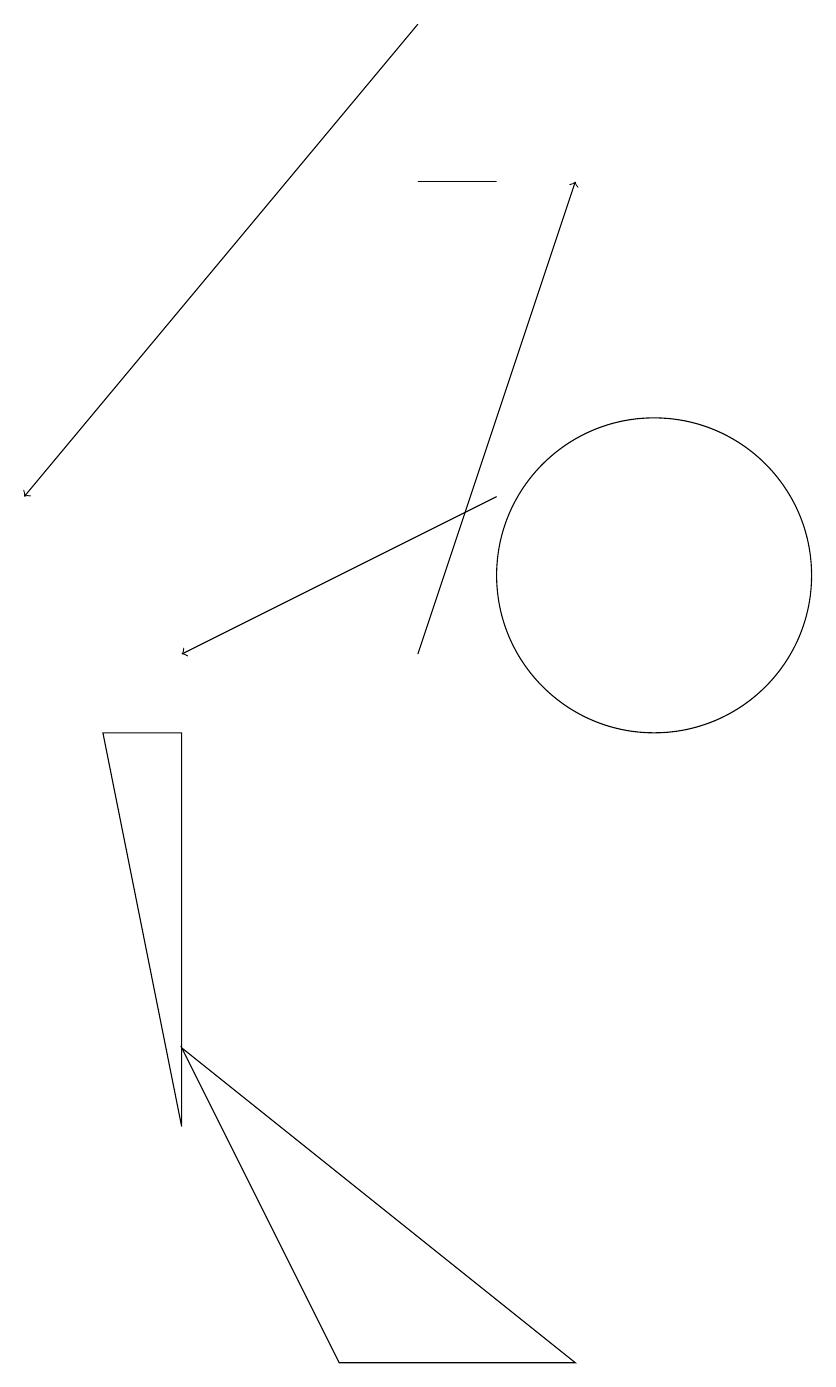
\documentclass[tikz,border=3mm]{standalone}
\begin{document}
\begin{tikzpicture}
\draw[->] (7,10) -- (9,16);
\draw[->] (8,12) -- (4,10);
\draw[->] (7,18) -- (2,12);
\draw (10,11) circle (2);
\draw (3,9) -- (4,9) -- (4,4) -- cycle;
\draw (8,16) rectangle (7,16);
\draw (4,5) -- (6,1) -- (9,1) -- cycle;
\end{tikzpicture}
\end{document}